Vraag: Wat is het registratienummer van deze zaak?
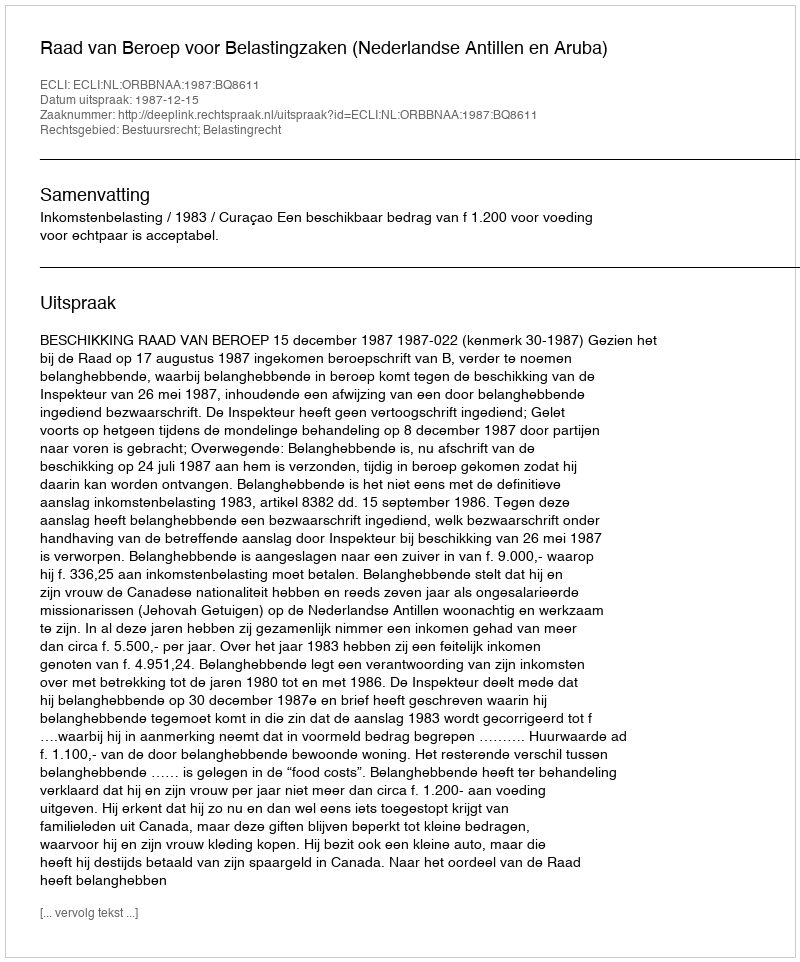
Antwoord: http://deeplink.rechtspraak.nl/uitspraak?id=ECLI:NL:ORBBNAA:1987:BQ8611